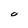
Character: O